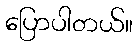
ပြောပါတယ်။